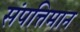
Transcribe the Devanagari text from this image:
संपत्तिमान